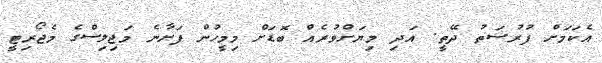
އެކަމަށް ފުރުސަތު ދޭތީ. އަދި މިޔަށްވުރެއް ބޮޑަށް މިމީހުން ފަށާނެ މަޖިލިސްގެ މެޖޯރިޓީ